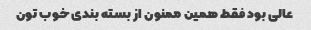
عالی بود فقط همین ممنون از بسته بندی خوب تون